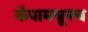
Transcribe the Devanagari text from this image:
कॅपामधूनच